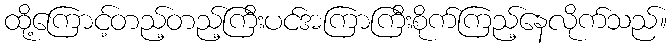
ထို့ကြောင့်တည့်တည့်ကြီးပင်အကြာကြီးစိုက်ကြည့်နေလိုက်သည်။